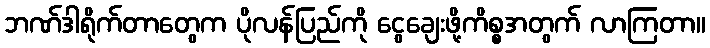
ဘဏ်ဒါရိုက်တာတွေက ပိုလန်ပြည်ကို ငွေချေးဖို့ကိစ္စအတွက် လာကြတာ။